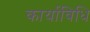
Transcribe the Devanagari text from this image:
कार्याविधि